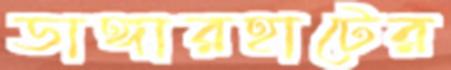
ডাঙ্গারহাটের